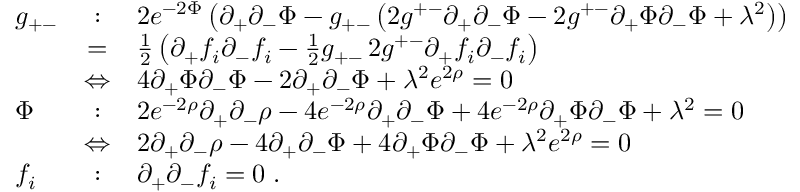
\begin{array} { l c l } { { g _ { + - } } } & { { : } } & { { 2 e ^ { - 2 \Phi } \left( \partial _ { + } \partial _ { - } \Phi - g _ { + - } \left( 2 g ^ { + - } \partial _ { + } \partial _ { - } \Phi - 2 g ^ { + - } \partial _ { + } \Phi \partial _ { - } \Phi + \lambda ^ { 2 } \right) \right) } } \\ { { \ } } & { { = } } & { { { \frac { 1 } { 2 } } \left( \partial _ { + } f _ { i } \partial _ { - } f _ { i } - { \frac { 1 } { 2 } } g _ { + - } \, 2 g ^ { + - } \partial _ { + } f _ { i } \partial _ { - } f _ { i } \right) } } \\ { { \ } } & { { \Leftrightarrow } } & { { 4 \partial _ { + } \Phi \partial _ { - } \Phi - 2 \partial _ { + } \partial _ { - } \Phi + \lambda ^ { 2 } e ^ { 2 \rho } = 0 } } \\ { { \Phi } } & { { : } } & { { 2 e ^ { - 2 \rho } \partial _ { + } \partial _ { - } \rho - 4 e ^ { - 2 \rho } \partial _ { + } \partial _ { - } \Phi + 4 e ^ { - 2 \rho } \partial _ { + } \Phi \partial _ { - } \Phi + \lambda ^ { 2 } = 0 } } \\ { { \ } } & { { \Leftrightarrow } } & { { 2 \partial _ { + } \partial _ { - } \rho - 4 \partial _ { + } \partial _ { - } \Phi + 4 \partial _ { + } \Phi \partial _ { - } \Phi + \lambda ^ { 2 } e ^ { 2 \rho } = 0 } } \\ { { f _ { i } } } & { { : } } & { { \partial _ { + } \partial _ { - } f _ { i } = 0 \; . } } \end{array}